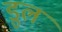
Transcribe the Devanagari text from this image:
डुल